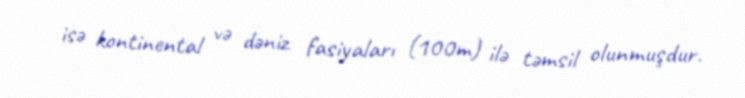
isə kontinental və dəniz fasiyaları (100m) ilə təmsil olunmuşdur.